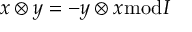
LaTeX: x \otimes y = - y \otimes x { \bmod { I } }